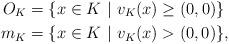
LaTeX: \begin{align*}O_K &= \{x\in K\ |\ v_K(x)\geq (0,0)\}\\m_K &= \{x\in K\ |\ v_K(x)> (0,0)\}, \end{align*}